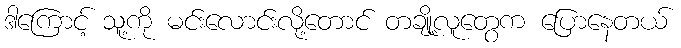
ဒါကြောင့် သူ့ကို မင်းလောင်းလို့တောင် တချို့လူတွေက ပြောနေတယ်